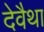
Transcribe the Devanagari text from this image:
देवैथा